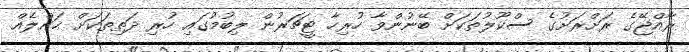
ރާއްޖޭގެ ރަށްރަށުގެ ސްކޫލުތަކަށް ބޭނުންވާ ހުރިހާ ޓީޗަރުން ލިބުމުގައި ހުރި ދަތިތަކަށް ޙައްލެއް